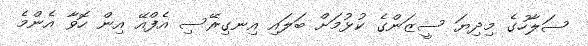
ސަލާހުގެ މިިދިޔަ ސީޒަންގެ ކުޅުމަށް ބަލައި އިނގިރޭސި އެފްއޭ އިން ހޮވާ އެންމެ